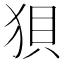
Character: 狽